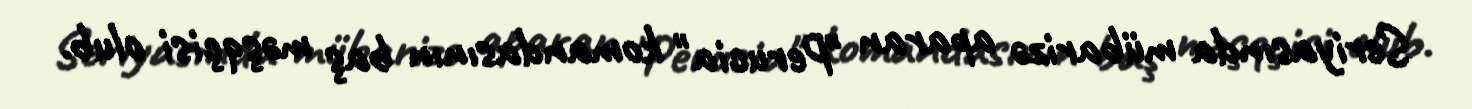
Seriyasında mübarizə aparan "Perucia" komandasının baş məşqçisi olub.